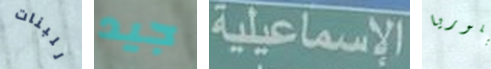
للبنات جيد الإسماعيلية جلوريا